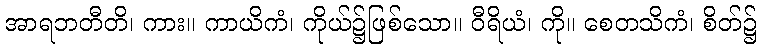
အာရဘတီတိ၊ ကား။ ကာယိကံ၊ ကိုယ်၌ဖြစ်သော။ ဝီရိယံ၊ ကို။ စေတသိကံ၊ စိတ်၌